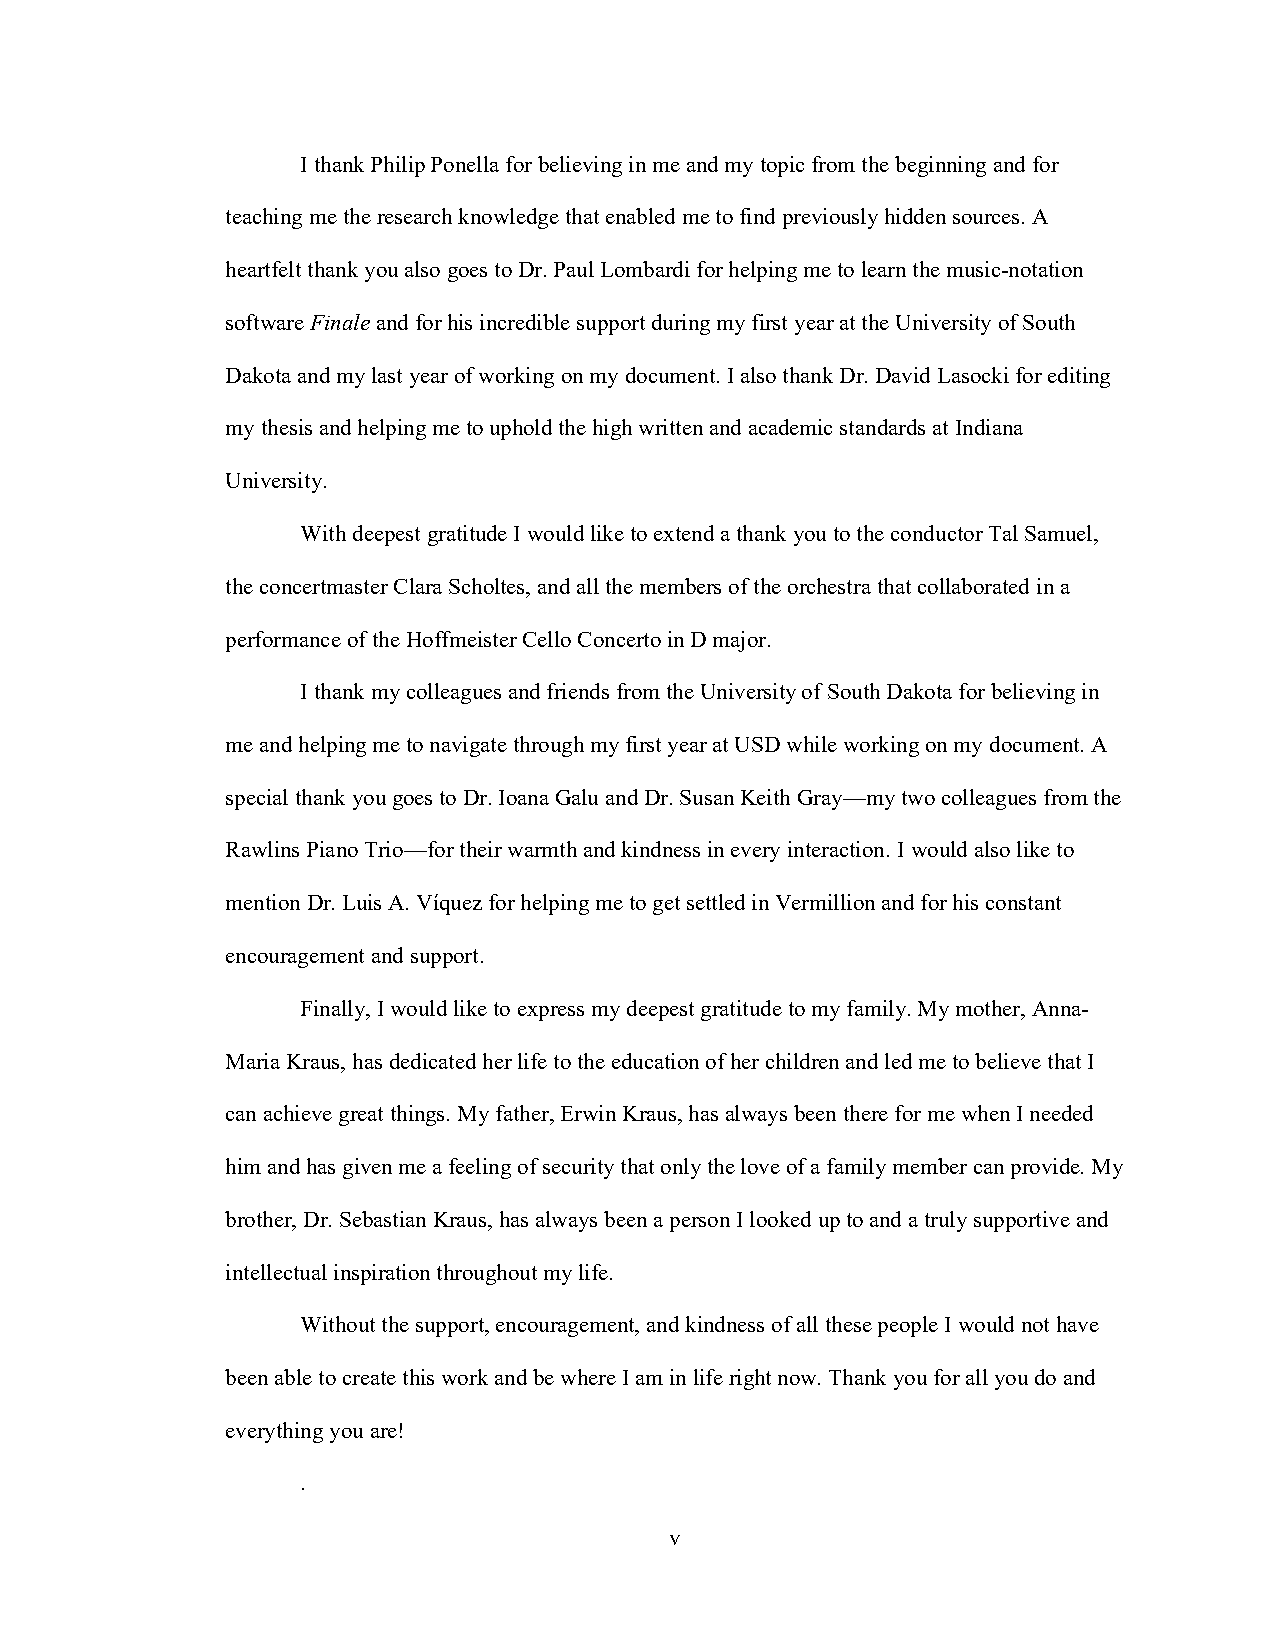
I thank Philip Ponella for believing in me and my topic from the beginning and for
 teaching me the research knowledge that enabled me to find previously hidden sources. A
 heartfelt thank you also goes to Dr. Paul Lombardi for helping me to learn the music-notation
 software Finale and for his incredible support during my first year at the University of South
 Dakota and my last year of working on my document. I also thank Dr. David Lasocki for editing
 my thesis and helping me to uphold the high written and academic standards at Indiana
 University.
 With deepest gratitude I would like to extend a thank you to the conductor Tal Samuel,
 the concertmaster Clara Scholtes, and all the members of the orchestra that collaborated in a
 performance of the Hoffmeister Cello Concerto in D major.
 I thank my colleagues and friends from the University of South Dakota for believing in
 me and helping me to navigate through my first year at USD while working on my document. A
 special thank you goes to Dr. Ioana Galu and Dr. Susan Keith Gray—my two colleagues from the
 Rawlins Piano Trio—for their warmth and kindness in every interaction. I would also like to
 mention Dr. Luis A. Víquez for helping me to get settled in Vermillion and for his constant
 encouragement and support.
 Finally, I would like to express my deepest gratitude to my family. My mother, Anna-
 Maria Kraus, has dedicated her life to the education of her children and led me to believe that I
 can achieve great things. My father, Erwin Kraus, has always been there for me when I needed
 him and has given me a feeling of security that only the love of a family member can provide. My
 brother, Dr. Sebastian Kraus, has always been a person I looked up to and a truly supportive and
 intellectual inspiration throughout my life.
 Without the support, encouragement, and kindness of all these people I would not have
 been able to create this work and be where I am in life right now. Thank you for all you do and
 everything you are!
 .
 v